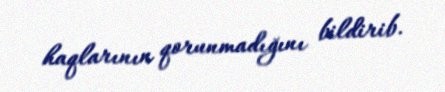
haqlarının qorunmadığını bildirib.